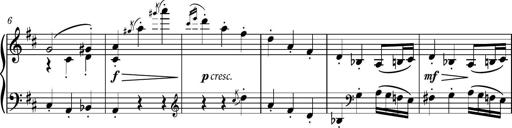
Title: Piano Sonatina No.4
Composer: Dimitri Sykias
Key: D major